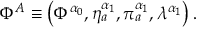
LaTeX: \Phi ^ { A } \equiv \left( \Phi ^ { \alpha _ { 0 } } , \eta _ { a } ^ { \alpha _ { 1 } } , \pi _ { a } ^ { \alpha _ { 1 } } , \lambda ^ { \alpha _ { 1 } } \right) .